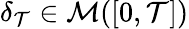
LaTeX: \delta_{\mathcal{T}}\in\mathcal{{M}}([0,\mathcal{T}])